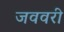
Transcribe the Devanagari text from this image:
जववरी